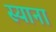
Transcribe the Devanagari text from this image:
स्याना